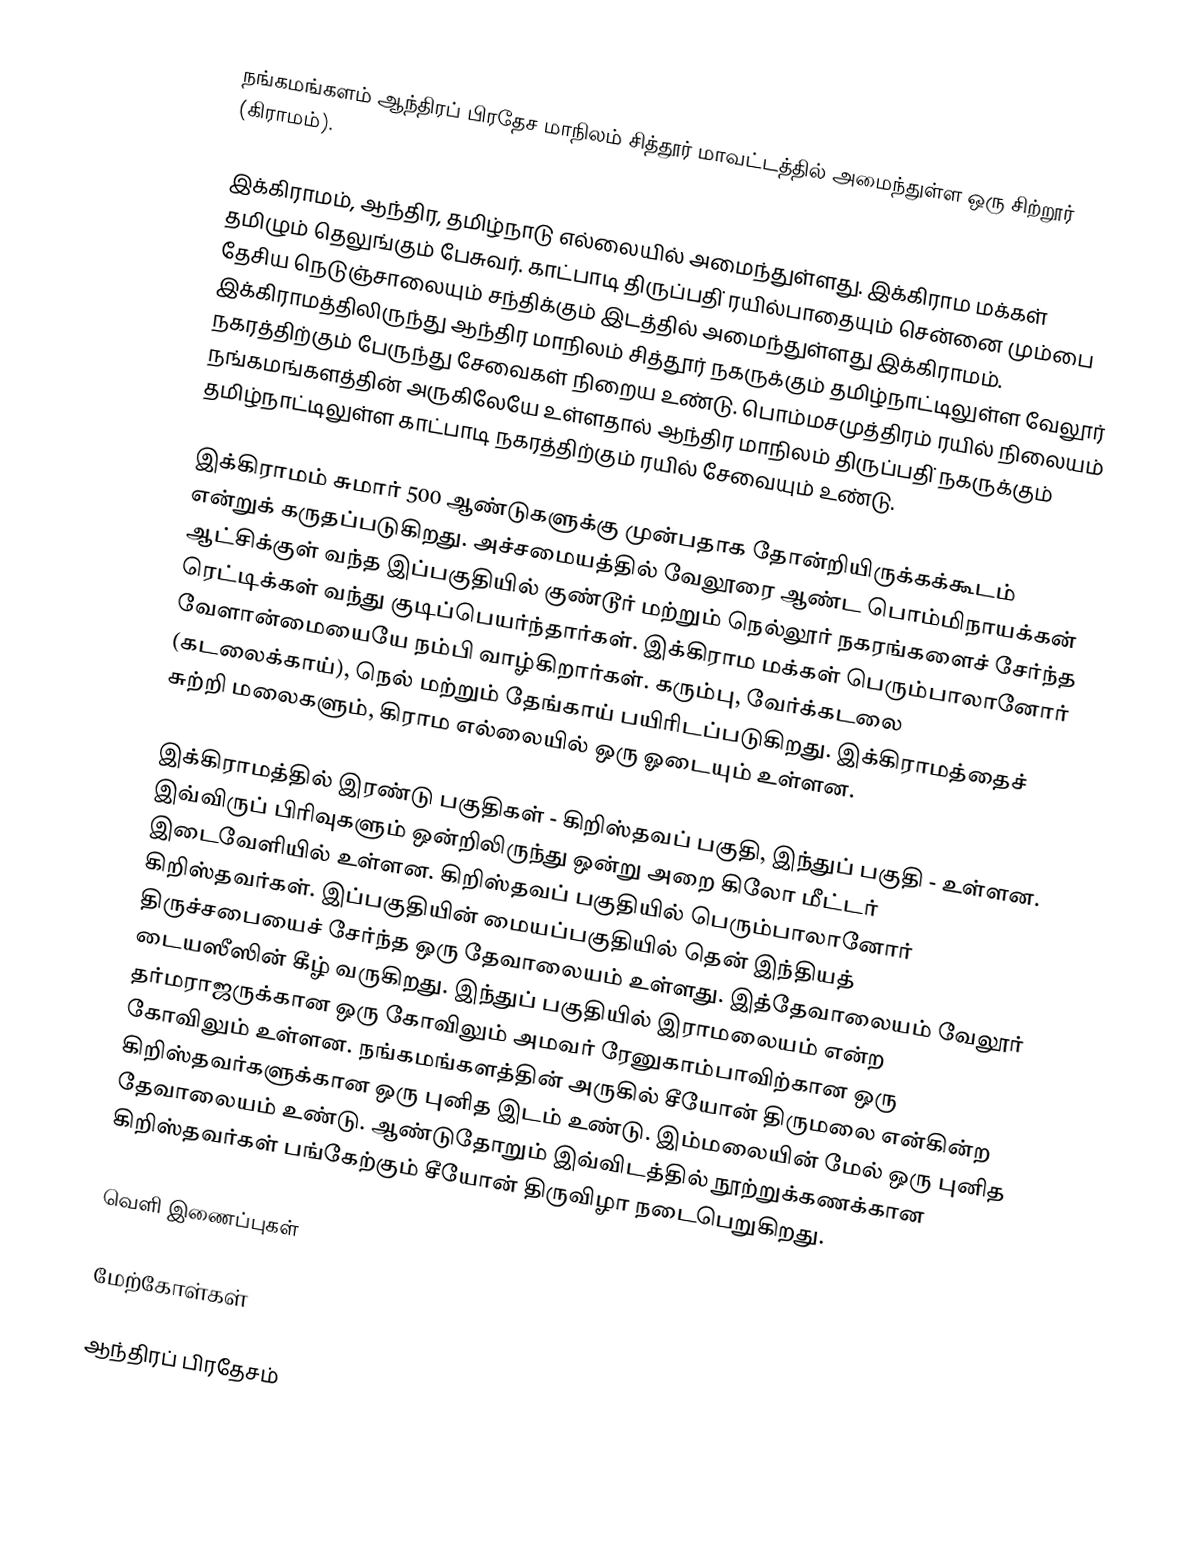
நங்கமங்களம் ஆந்திரப் பிரதேச மாநிலம் சித்தூர் மாவட்டத்தில் அமைந்துள்ள ஒரு சிற்றூர் (கிராமம்).

இக்கிராமம், ஆந்திர, தமிழ்நாடு எல்லையில் அமைந்துள்ளது. இக்கிராம மக்கள் தமிழும் தெலுங்கும் பேசுவர். காட்பாடி திருப்பதி் ரயில்பாதையும் சென்னை மும்பை தேசிய நெடுஞ்சாலையும் சந்திக்கும் இடத்தில் அமைந்துள்ளது இக்கிராமம். இக்கிராமத்திலிருந்து ஆந்திர மாநிலம் சித்தூர் நகருக்கும் தமிழ்நாட்டிலுள்ள வேலூர் நகரத்திற்கும் பேருந்து சேவைகள் நிறைய உண்டு. பொம்மசமுத்திரம் ரயில் நிலையம் நங்கமங்களத்தின் அருகிலேயே உள்ளதால் ஆந்திர மாநிலம் திருப்பதி் நகருக்கும் தமிழ்நாட்டிலுள்ள காட்பாடி நகரத்திற்கும் ரயில் சேவையும் உண்டு.

இக்கிராமம் சுமார் 500 ஆண்டுகளுக்கு முன்பதாக தோன்றியிருக்கக்கூடம் என்றுக் கருதப்படுகிறது. அச்சமையத்தில் வேலூரை ஆண்ட பொம்மிநாயக்கன் ஆட்சிக்குள் வந்த இப்பகுதியில் குண்டூர் மற்றும் நெல்லூர் நகரங்களைச் சேர்ந்த ரெட்டிக்கள் வந்து குடிப்பெயர்ந்தார்கள். இக்கிராம மக்கள் பெரும்பாலானோர் வேளான்மையையே நம்பி வாழ்கிறார்கள். கரும்பு, வேர்க்கடலை (கடலைக்காய்), நெல் மற்றும் தேங்காய் பயிரிடப்படுகிறது. இக்கிராமத்தைச் சுற்றி மலைகளும், கிராம எல்லையில் ஒரு ஓடையும் உள்ளன.

இக்கிராமத்தில் இரண்டு பகுதிகள் - கிறிஸ்தவப் பகுதி, இந்துப் பகுதி - உள்ளன.  இவ்விருப் பிரிவுகளும் ஒன்றிலிருந்து ஒன்று அறை கிலோ மீட்டர் இடைவேளியில் உள்ளன. கிறிஸ்தவப் பகுதியில் பெரும்பாலானோர் கிறிஸ்தவர்கள். இப்பகுதியின் மையப்பகுதியில் தென் இந்தியத் திருச்சபையைச் சேர்ந்த ஒரு தேவாலையம் உள்ளது. இத்தேவாலையம் வேலூர் டையஸீஸின் கீழ் வருகிறது. இந்துப் பகுதியில் இராமலையம் என்ற தர்மராஜருக்கான ஒரு கோவிலும் அமவர் ரேனுகாம்பாவிற்கான ஒரு கோவிலும் உள்ளன. நங்கமங்களத்தின் அருகில் சீயோன் திருமலை என்கின்ற கிறிஸ்தவர்களுக்கான ஒரு புனித இடம் உண்டு. இம்மலையின் மேல் ஒரு புனித தேவாலையம் உண்டு. ஆண்டுதோறும் இவ்விடத்தில் நூற்றுக்கணக்கான கிறிஸ்தவர்கள் பங்கேற்கும் சீயோன் திருவிழா நடைபெறுகிறது.

வெளி இணைப்புகள்

மேற்கோள்கள்

ஆந்திரப் பிரதேசம்